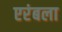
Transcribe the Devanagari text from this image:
एरंबला